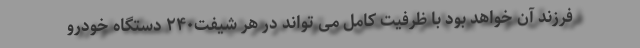
فرزند آن خواهد بود با ظرفیت کامل می تواند در هر شیفت۲۴۰ دستگاه خودرو